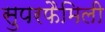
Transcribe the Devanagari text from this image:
सुपरफैमिली